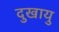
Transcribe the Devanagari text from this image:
दुखायु